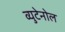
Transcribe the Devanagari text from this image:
व्युटेनोल